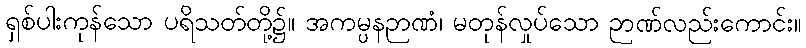
ရှစ်ပါးကုန်သော ပရိသတ်တို့၌။ အကမ္ပနဉာဏံ၊ မတုန်လှုပ်သော ဉာဏ်လည်းကောင်း။